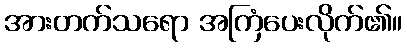
အားတက်သရော အကြံပေးလိုက်၏။